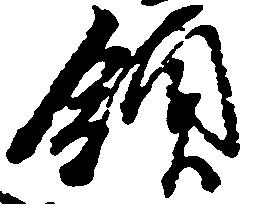
領